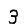
Digit: 3